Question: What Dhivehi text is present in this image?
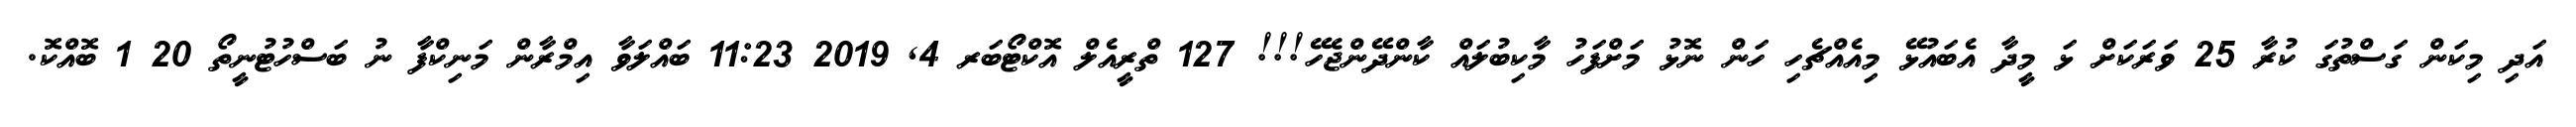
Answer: އަދި މިކަން ގަސްތުގަ ކުރާ 25 ވަރަކަށް ޅަ މީދާ އެބައުޅޭ މިއެއްޗެހި ހަން ނޮޅު މަށްފަހު މާކިބުލައް ކާންދޭންޖެހޭ!!! 127 ތްރީއެލް އޮކްޓޯބަރ 4, 2019 11:23 ބައްލަވާ އިމްރާން މަނިކްފާ ނު ބަސްހުޓުނީތޯ 20 1 ބޮއްކޮ.